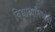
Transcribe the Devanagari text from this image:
विद्यार्थ्यांमध्येही